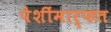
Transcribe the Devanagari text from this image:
पेशींमार्फत